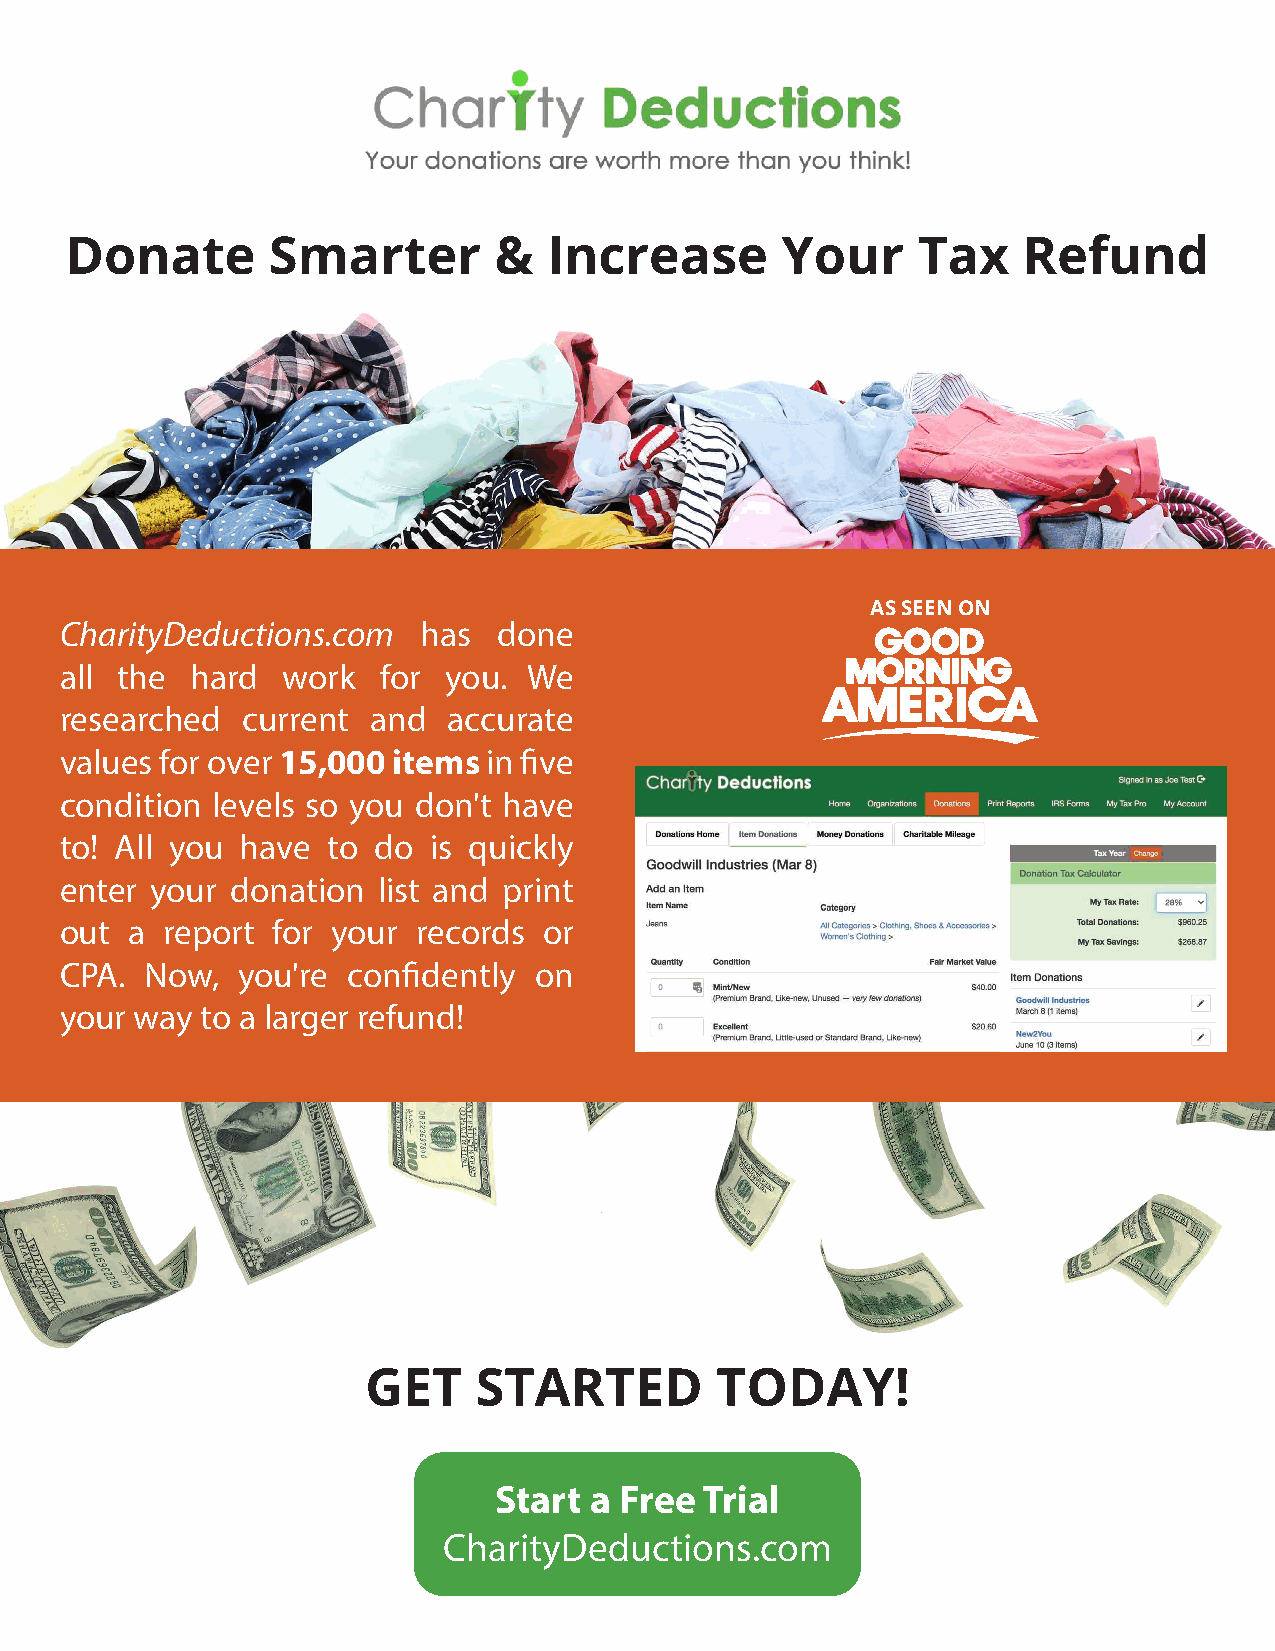
Donate        Smarter        &  Increase        Your     Tax    Refund
 AS SEEN ON
 CharityDeductions.com   has  done
 all the  hard  work  for you.  We
 researched  current  and  accurate
 values for over 15,000 items in five
 condition levels so you don't have
 to! All you have  to do is quickly
 enter your donation  list and print
 out a  report for your  records or
 CPA.  Now,  you're confidently on
 your way to a larger refund!
 GET    STARTED         TODAY!
 Start a Free  Trial
 CharityDeductions.com